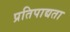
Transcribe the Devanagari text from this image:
प्रतिपाद्यता